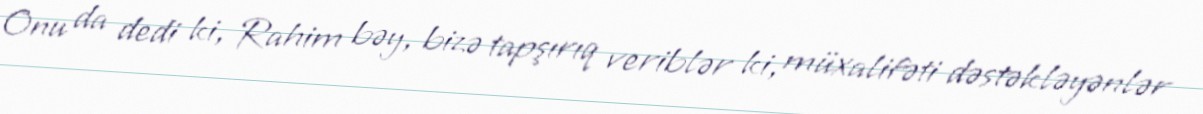
Onu da dedi ki, Rahim bəy, bizə tapşırıq veriblər ki, müxalifəti dəstəkləyənlər